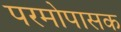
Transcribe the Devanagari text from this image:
परमोपासक